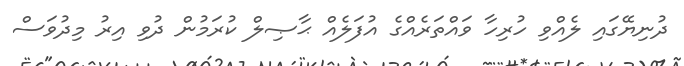
ދުނިޔޭގައި ލެއްވި ހުރިހާ ވައްތަރެއްގެ އުފަލެއް ޙާޞިލް ކުރަމުން ދުވި އިރު މިދުވަސް